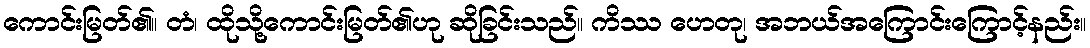
ကောင်းမြတ်၏။ တံ၊ ထိုသို့ကောင်းမြတ်၏ဟု ဆိုခြင်းသည်။ ကိဿ ဟေတု၊ အဘယ်အကြောင်းကြောင့်နည်း။